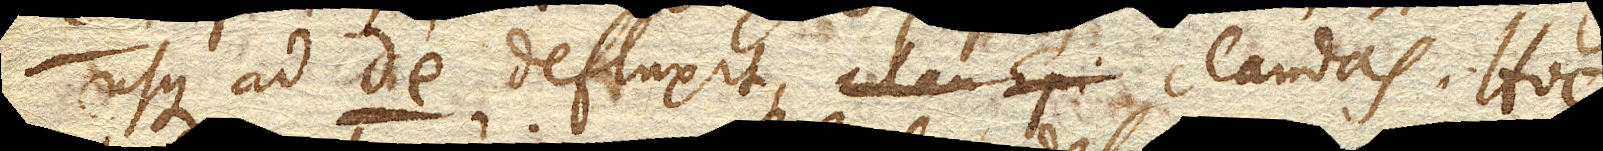
usque ad de. defluxit, claudas. Hoc